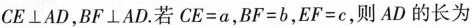
$$CE\perp AD$$,$$BF\perp AD$$.若$$CE=a$$,$$BF=b$$,$$EF=c$$,则AD的长为